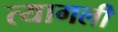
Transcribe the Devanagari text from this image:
त्यागली